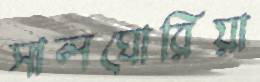
সালঘোরিয়া